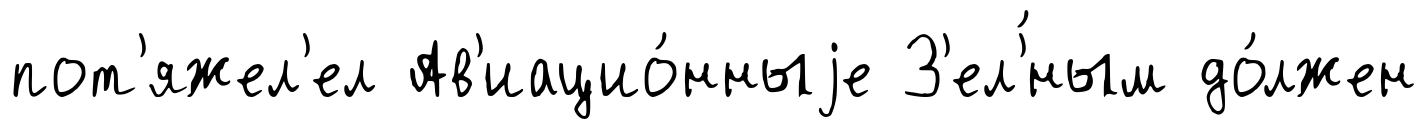
пот'яжел'ел Ав'иацио́нныjе З'ел'́ным до́лжен